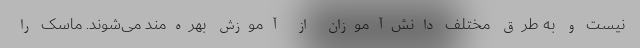
نیست و به طرق مختلف دانش‌آموزان از آموزش بهره‌مند می‌شوند. ماسک را